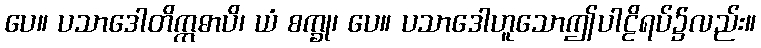
ပေ။ ပသာဒေါတိဣဓာပိ၊ ယံ စက္ခု၊ ပေ။ ပသာဒေါဟူသောဤပါဠိရပ်၌လည်း။